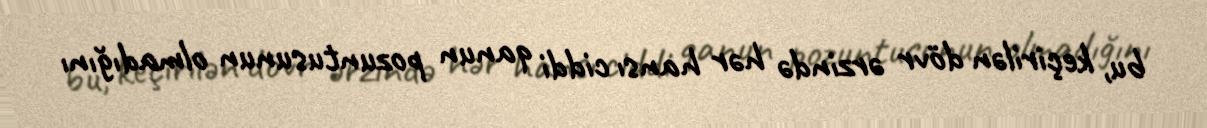
bu, keçirilən dövr ərzində hər hansı ciddi qanun pozuntusunun olmadığını